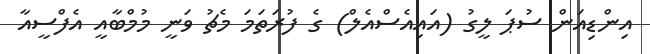
އިންޑިއަން ސުޕަ ލީގު (އައިއެސްއެލް) ގެ ފުރަތަމަ މެޗު ވަނީ މުމްބާއީ އެފްސީއާ